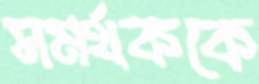
সমর্থককে